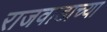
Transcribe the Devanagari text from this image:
राजवाडाच्या